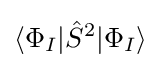
\langle \Phi _{I}|{\hat {S}}^{2}|\Phi _{I}\rangle